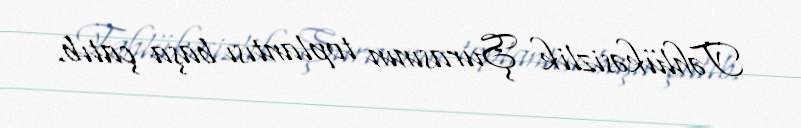
Təhlükəsizlik Şurasının toplantısı başa çatıb.